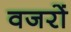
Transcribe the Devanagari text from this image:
वजरों